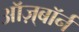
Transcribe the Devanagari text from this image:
ऑज़्बॉर्न